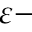
\varepsilon -